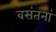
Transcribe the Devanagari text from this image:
वसंतनां